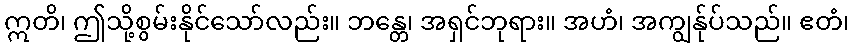
ဣတိ၊ ဤသို့စွမ်းနိုင်သော်လည်း။ ဘန္တေ၊ အရှင်ဘုရား။ အဟံ၊ အကျွန်ုပ်သည်။ ဧတံ၊